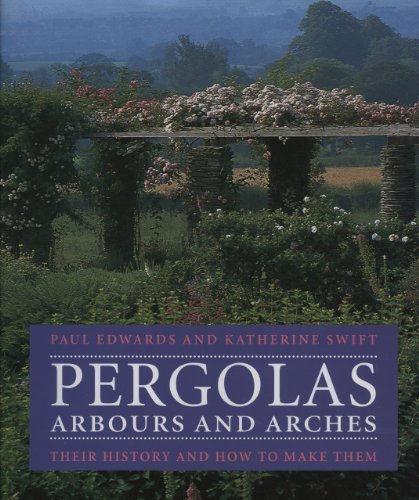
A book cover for Pergolas, Arbours and Arches; Paul Edwards; Crafts, Hobbies & Home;